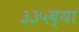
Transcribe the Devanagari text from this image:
३३५व्या